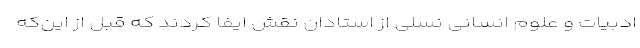
ادبیات و علوم انسانی نسلی از استادان نقش ایفا کردند که قبل از این‌که